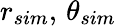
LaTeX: r_{sim},\, \theta_{sim}